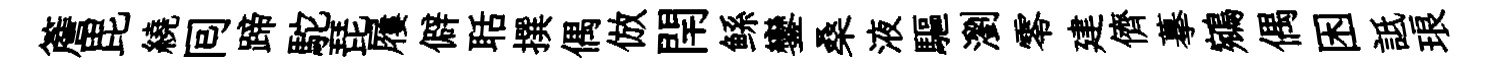
簷毘繞囘蹄駝琵屨僻聒撰偶倣閈鲧鑾桑液驅瀏零建儕摹鵷偶困詆琅